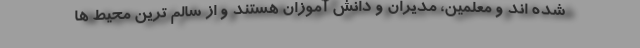
شده اند و معلمین، مدیران و دانش آموزان هستند و از سالم ترین محیط ها